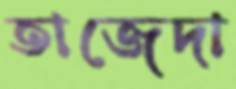
তাজেদা